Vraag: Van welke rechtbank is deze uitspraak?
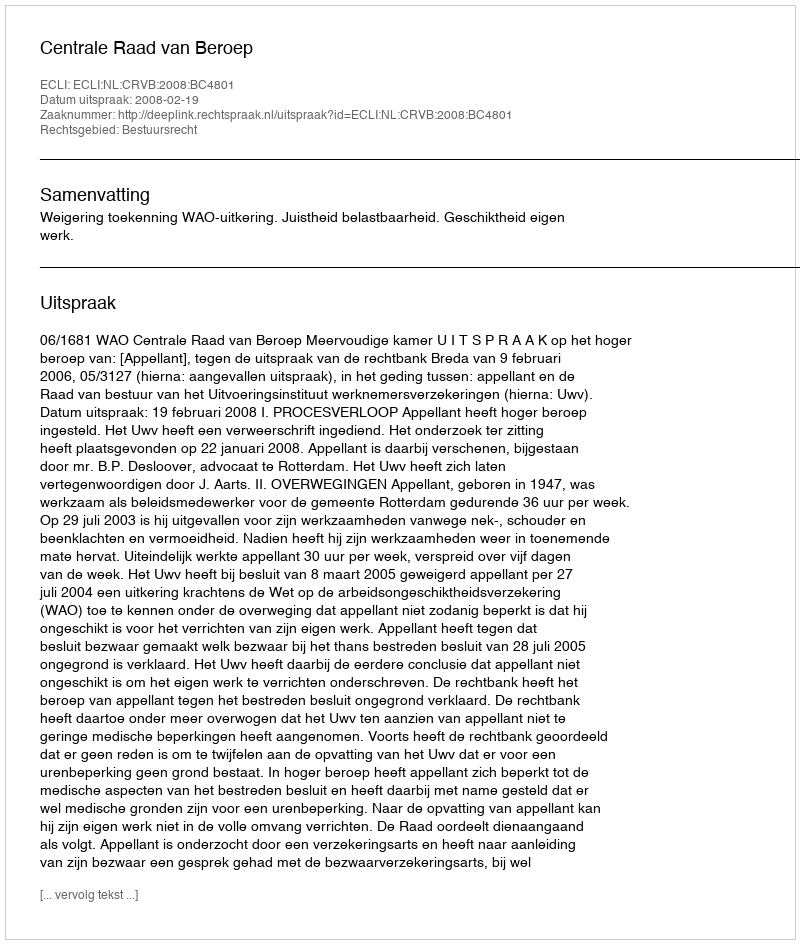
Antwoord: Centrale Raad van Beroep